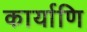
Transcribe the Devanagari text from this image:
कार्याणि